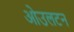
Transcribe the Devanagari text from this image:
ओउलटन